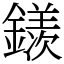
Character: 𨬢